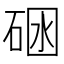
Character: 𱴆